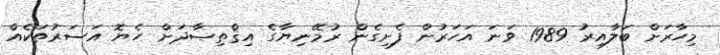
މިހާރަށް ބަލާއިރު 1989 ވަނަ އަހަރުން ފެށިގެން ރުމޭނިޔާގެ އިޤްތިޞާދަށް ހެޔޮ އަސަރުތަކެއް